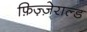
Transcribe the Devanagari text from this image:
फ़िज़्ज़ेराल्ड